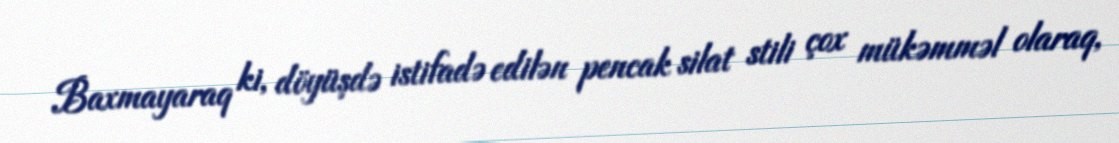
Baxmayaraq ki, döyüşdə istifadə edilən pencak silat stili çox mükəmməl olaraq,